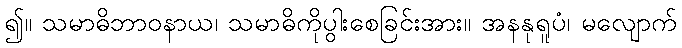
၍။ သမာဓိဘာဝနာယ၊ သမာဓိကိုပွါးစေခြင်းအား။ အနနုရူပံ၊ မလျောက်